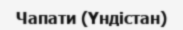
Чапати (Үндістан)